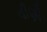
વીણી